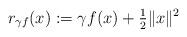
LaTeX: \begin{align*} r_{\gamma f}(x):=\gamma f(x)+\tfrac{1}{2}\|x\|^2\end{align*}